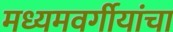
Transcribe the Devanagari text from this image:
मध्यमवर्गीयांचा